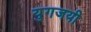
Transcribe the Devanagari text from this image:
युगजयी